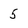
Character: 5